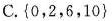
C.{0，2，6，10}